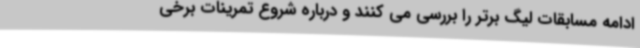
ادامه مسابقات لیگ برتر را بررسی می کنند و درباره شروع تمرینات برخی